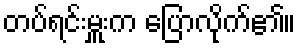
တပ်ရင်းမှူးက ပြောလိုက်၏။